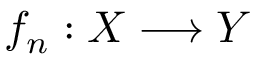
f _ { n } : X \longrightarrow Y